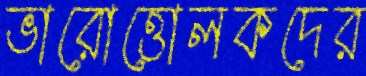
ভারোত্তোলকদের